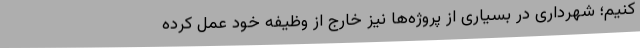
کنیم؛ شهرداری در بسیاری از پروژه‌ها نیز خارج از وظیفه خود عمل کرده